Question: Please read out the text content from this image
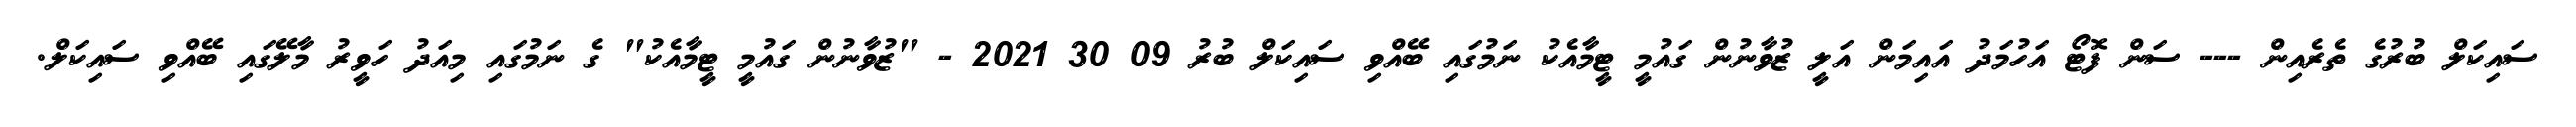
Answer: ސައިކަލް ބުރުގެ ތެރެއިން --- ސަން ފޮޓޯ އަހުމަދު އައިމަން އަލީ ޒުވާނުން ގައުމީ ޓީމާއެކު ނަމުގައި ބޭއްވި ސައިކަލް ބުރު 09 30 2021 - "ޒުވާނުން ގައުމީ ޓީމާއެކު" ގެ ނަމުގައި މިއަދު ހަވީރު މާލޭގައި ބޭއްވި ސައިކަލް.